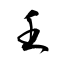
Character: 壬